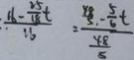
: \frac { 1 6 - \frac { 2 5 } { 1 8 } t } { 1 b } = \frac { \frac { Y 8 } { 5 . } - \frac { 5 } { 6 } t } { \frac { 4 8 } { 5 } }